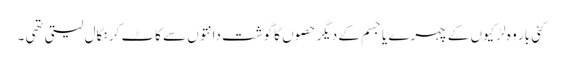
کئی بار وہ لڑکیوں کے چہرے یا جسم کے دیگر حصوں کا گوشت دانتوں سے کاٹ کر نکال لیتی تھی ۔